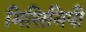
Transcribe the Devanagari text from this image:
मिसिनिपी